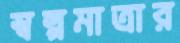
স্বল্পমাত্রার